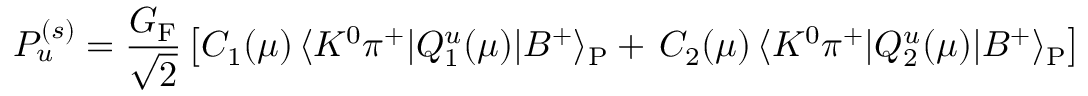
P _ { u } ^ { ( s ) } = \frac { G _ { \mathrm { F } } } { \sqrt { 2 } } \left[ C _ { 1 } ( \mu ) \, \langle K ^ { 0 } \pi ^ { + } | Q _ { 1 } ^ { u } ( \mu ) | B ^ { + } \rangle _ { \mathrm { P } } + \, C _ { 2 } ( \mu ) \, \langle K ^ { 0 } \pi ^ { + } | Q _ { 2 } ^ { u } ( \mu ) | B ^ { + } \rangle _ { \mathrm { P } } \right]